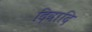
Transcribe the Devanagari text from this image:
दिवादि